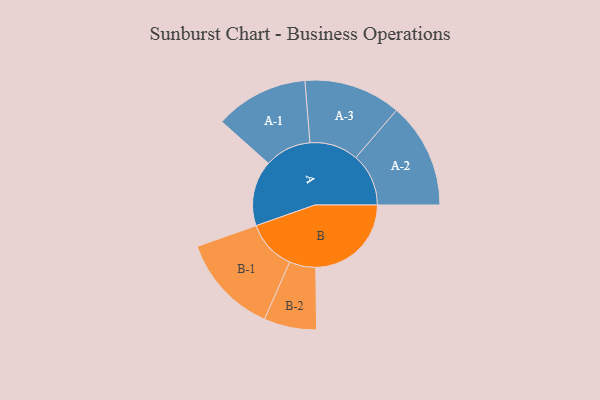
{"axis": {"x": "Segment", "y": "Value"}, "legend": ["", "A", "B"], "data": [{"x": "A", "y": 341, "type": ""}, {"x": "B", "y": 498, "type": ""}, {"x": "A-1", "y": 243, "type": "A"}, {"x": "A-2", "y": 275, "type": "A"}, {"x": "A-3", "y": 253, "type": "A"}, {"x": "B-1", "y": 261, "type": "B"}, {"x": "B-2", "y": 137, "type": "B"}]}